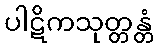
ပါဋိကသုတ္တန္တံ